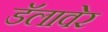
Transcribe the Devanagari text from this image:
डॅलावेर